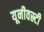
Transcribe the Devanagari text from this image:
यूनीवस्र्टी